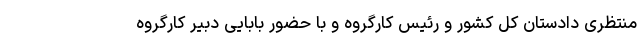
منتظری دادستان کل کشور و رئیس کارگروه و با حضور بابایی دبیر کارگروه